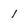
Character: 1